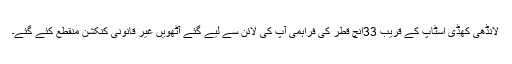
لانڈھی کھڈی اسٹاپ کے قریب 33انچ قطر کی فراہمی آپ کی لائن سے لیے گئے آٹھویں غیر قانونی کنکشن منقطع کئے گئے۔